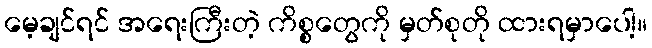
မေ့ချင်ရင် အရေးကြီးတဲ့ ကိစ္စတွေကို မှတ်စုတို ထားရမှာပေါ့။